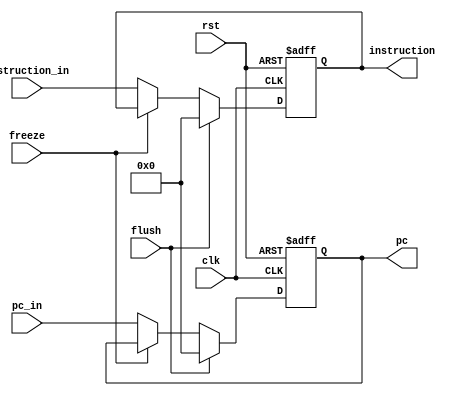
module IF2ID (input clk, rst, flush, freeze, input[31: 0] pc_in, instruction_in,
              output reg [31: 0] pc, instruction);

  always @ (posedge clk, posedge rst) begin
    if (rst) begin
      pc <= 0;
      instruction <= 0;
    end
    else begin
      if (flush) begin
          instruction <= 0;
          pc <= 0;
        end
        else if (~freeze) begin
          instruction <= instruction_in;
          pc <= pc_in;
        end
      end
    end
endmodule // IF2ID